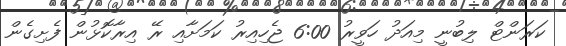
ކަރަންޓް ލިބުނީ މިއަދު ހަވީރު 6:00 ޖެހިއިރު ކަމަށާއި ރޭ އިރާކޮޅުން ފެށިގެން